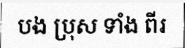
បង ប្រុស ទាំង ពីរ